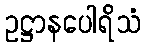
ဥဋ္ဌာနပေါရိသံ